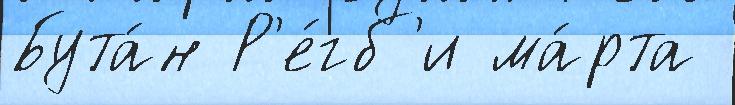
Бута́н Р'е́гб'и ма́рта